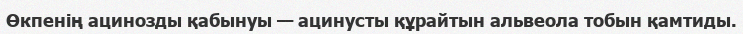
Өкпенің ацинозды қабынуы — ацинусты құрайтын альвеола тобын қамтиды.